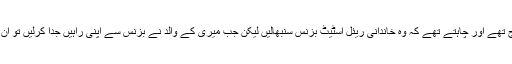
میری ٹرمپ کا کہنا تھا کہ فریڈ ٹرمپ سینئر اپنے بڑے بیٹے کے ساتھ انتہائی سخت مزاج تھے اور چاہتے تھے کہ وہ خاندانی ریئل اسٹیٹ بزنس سنبھالیں لیکن جب میری کے والد نے بزنس سے اپنی راہیں جدا کرلیں تو ان کے پاس اپنے چھوٹے بیٹے ڈونلڈ ٹرمپ کے پاس جانے کے سوا کوئی چارہ نہیں بچا تھا۔